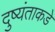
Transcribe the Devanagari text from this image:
दुष्यंताकडे